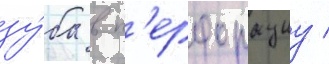
зу́ба в п'ерфорациу /